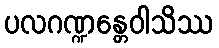
ပလဂဏ္ဍန္တေဝါသိဿ